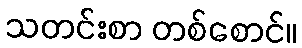
သတင်းစာ တစ်စောင်။